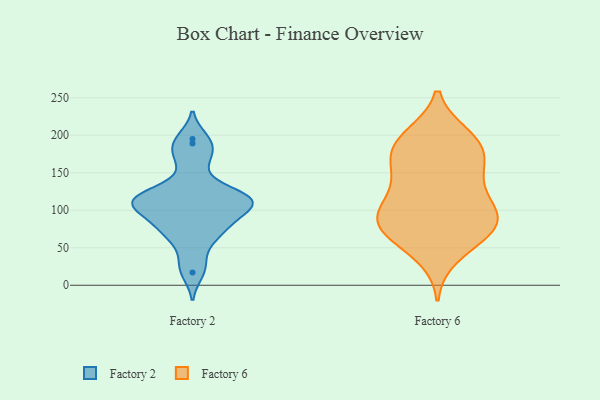
{"axis": {"x": "Market Share (%)", "y": "Value"}, "legend": ["Factory 2", "Factory 6"], "data": [{"x": "", "y": 114, "type": "Factory 2"}, {"x": "", "y": 124, "type": "Factory 2"}, {"x": "", "y": 116, "type": "Factory 2"}, {"x": "", "y": 97, "type": "Factory 2"}, {"x": "", "y": 72, "type": "Factory 2"}, {"x": "", "y": 115, "type": "Factory 2"}, {"x": "", "y": 176, "type": "Factory 2"}, {"x": "", "y": 114, "type": "Factory 2"}, {"x": "", "y": 112, "type": "Factory 2"}, {"x": "", "y": 161, "type": "Factory 2"}, {"x": "", "y": 195, "type": "Factory 2"}, {"x": "", "y": 90, "type": "Factory 2"}, {"x": "", "y": 67, "type": "Factory 2"}, {"x": "", "y": 90, "type": "Factory 2"}, {"x": "", "y": 189, "type": "Factory 2"}, {"x": "", "y": 17, "type": "Factory 2"}, {"x": "", "y": 105, "type": "Factory 2"}, {"x": "", "y": 122, "type": "Factory 2"}, {"x": "", "y": 30, "type": "Factory 2"}, {"x": "", "y": 64, "type": "Factory 2"}, {"x": "", "y": 39, "type": "Factory 6"}, {"x": "", "y": 84, "type": "Factory 6"}, {"x": "", "y": 165, "type": "Factory 6"}, {"x": "", "y": 79, "type": "Factory 6"}, {"x": "", "y": 199, "type": "Factory 6"}, {"x": "", "y": 108, "type": "Factory 6"}, {"x": "", "y": 181, "type": "Factory 6"}, {"x": "", "y": 155, "type": "Factory 6"}, {"x": "", "y": 115, "type": "Factory 6"}, {"x": "", "y": 61, "type": "Factory 6"}, {"x": "", "y": 190, "type": "Factory 6"}, {"x": "", "y": 88, "type": "Factory 6"}, {"x": "", "y": 146, "type": "Factory 6"}, {"x": "", "y": 64, "type": "Factory 6"}, {"x": "", "y": 136, "type": "Factory 6"}, {"x": "", "y": 86, "type": "Factory 6"}, {"x": "", "y": 182, "type": "Factory 6"}, {"x": "", "y": 96, "type": "Factory 6"}, {"x": "", "y": 84, "type": "Factory 6"}, {"x": "", "y": 198, "type": "Factory 6"}]}